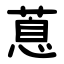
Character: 蒠